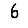
Digit: 6